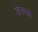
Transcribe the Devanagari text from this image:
डेनसो